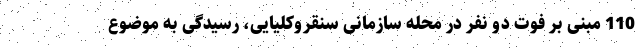
110 مبنی بر فوت دو نفر در محله سازمانی سنقروکلیایی، رسیدگی به موضوع